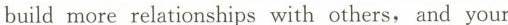
build more relaticnships with others, and your